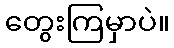
တွေးကြမှာပဲ။